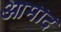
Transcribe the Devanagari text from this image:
आमाद